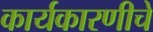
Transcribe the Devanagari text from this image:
कार्यकारणीचे